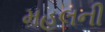
મહલની